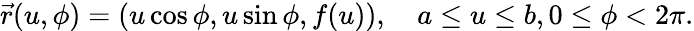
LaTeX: {\vec{r}}(u,\phi)=(u\cos\phi,u\sin\phi,f(u)),\quad a\leq u\leq b,0\leq\phi<2\pi.